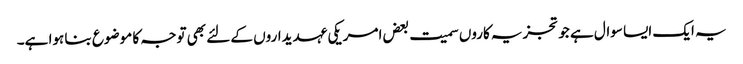
یہ ایک ایسا سوال ہے جو تجزیہ کاروں سمیت بعض امریکی عہدیداروں کے لئے بھی توجہ کا موضوع بنا ہوا ہے۔